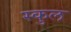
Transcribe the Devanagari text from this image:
स्‍कुल